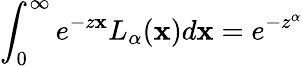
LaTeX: \int_{0}^{\infty}e^{-z\mathbf{x}}L_{\alpha}(\mathbf{x})d\mathbf{x}=e^{-z^{\alpha}}